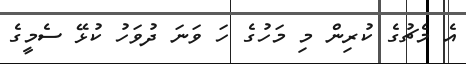
އެ މެޗުގެ ކުރިން މި މަހުގެ ހަ ވަނަ ދުވަހު ކުޅޭ ސެމީގެ